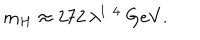
LaTeX: m _ { H } \approx 2 7 2 \, \lambda ^ { 1 / 4 } \ \mathrm { G e V } .